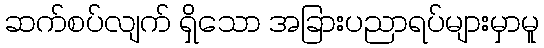
ဆက်စပ်လျက် ရှိသော အခြားပညာရပ်များမှာမူ